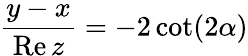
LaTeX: \frac{y-x}{\mathrm{Re}\, z}=-2\cot(2\alpha)